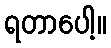
ရတာပေါ့။